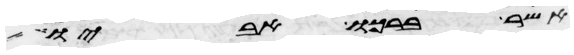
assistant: אשר ברכו אביו